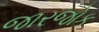
જારજોક